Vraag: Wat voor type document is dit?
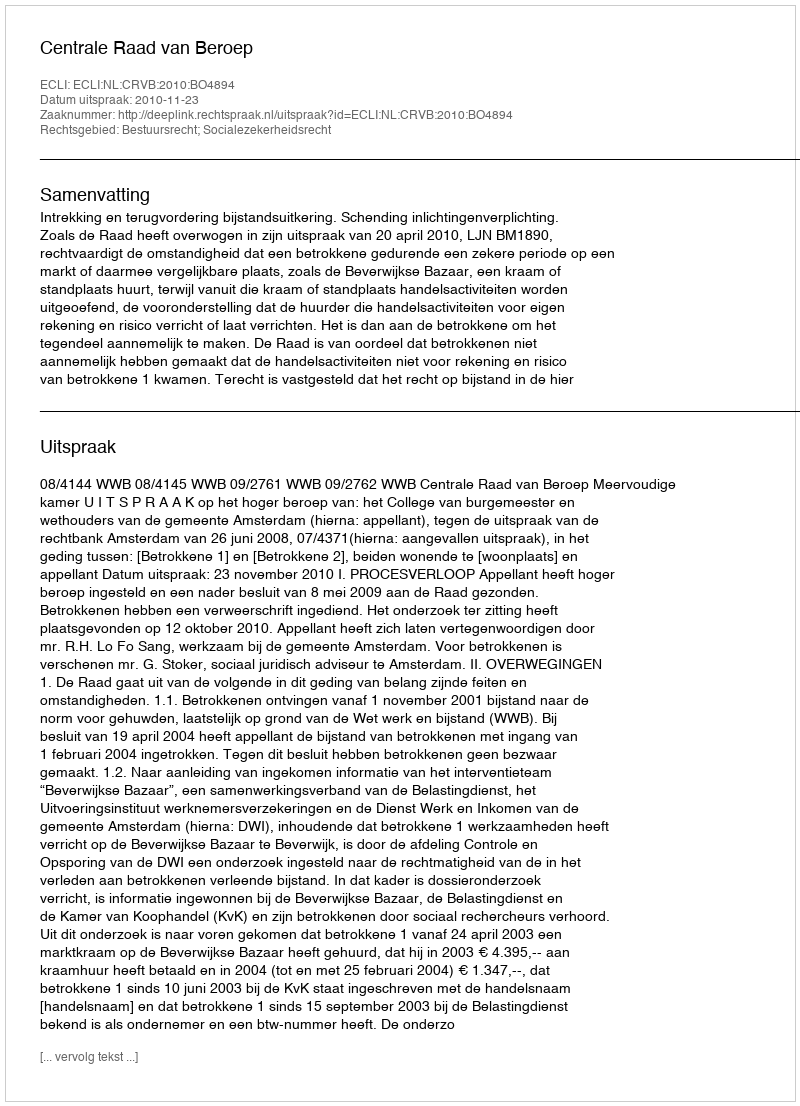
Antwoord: Uitspraak